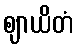
ဈာယိတံ